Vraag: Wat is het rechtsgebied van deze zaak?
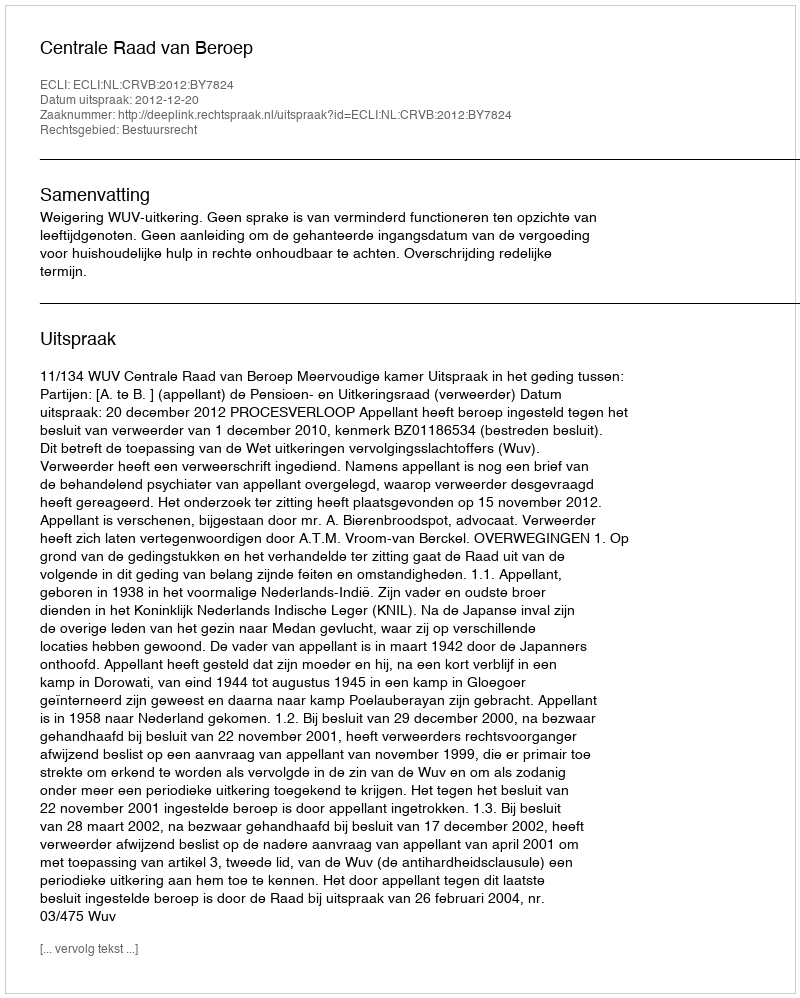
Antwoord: Bestuursrecht